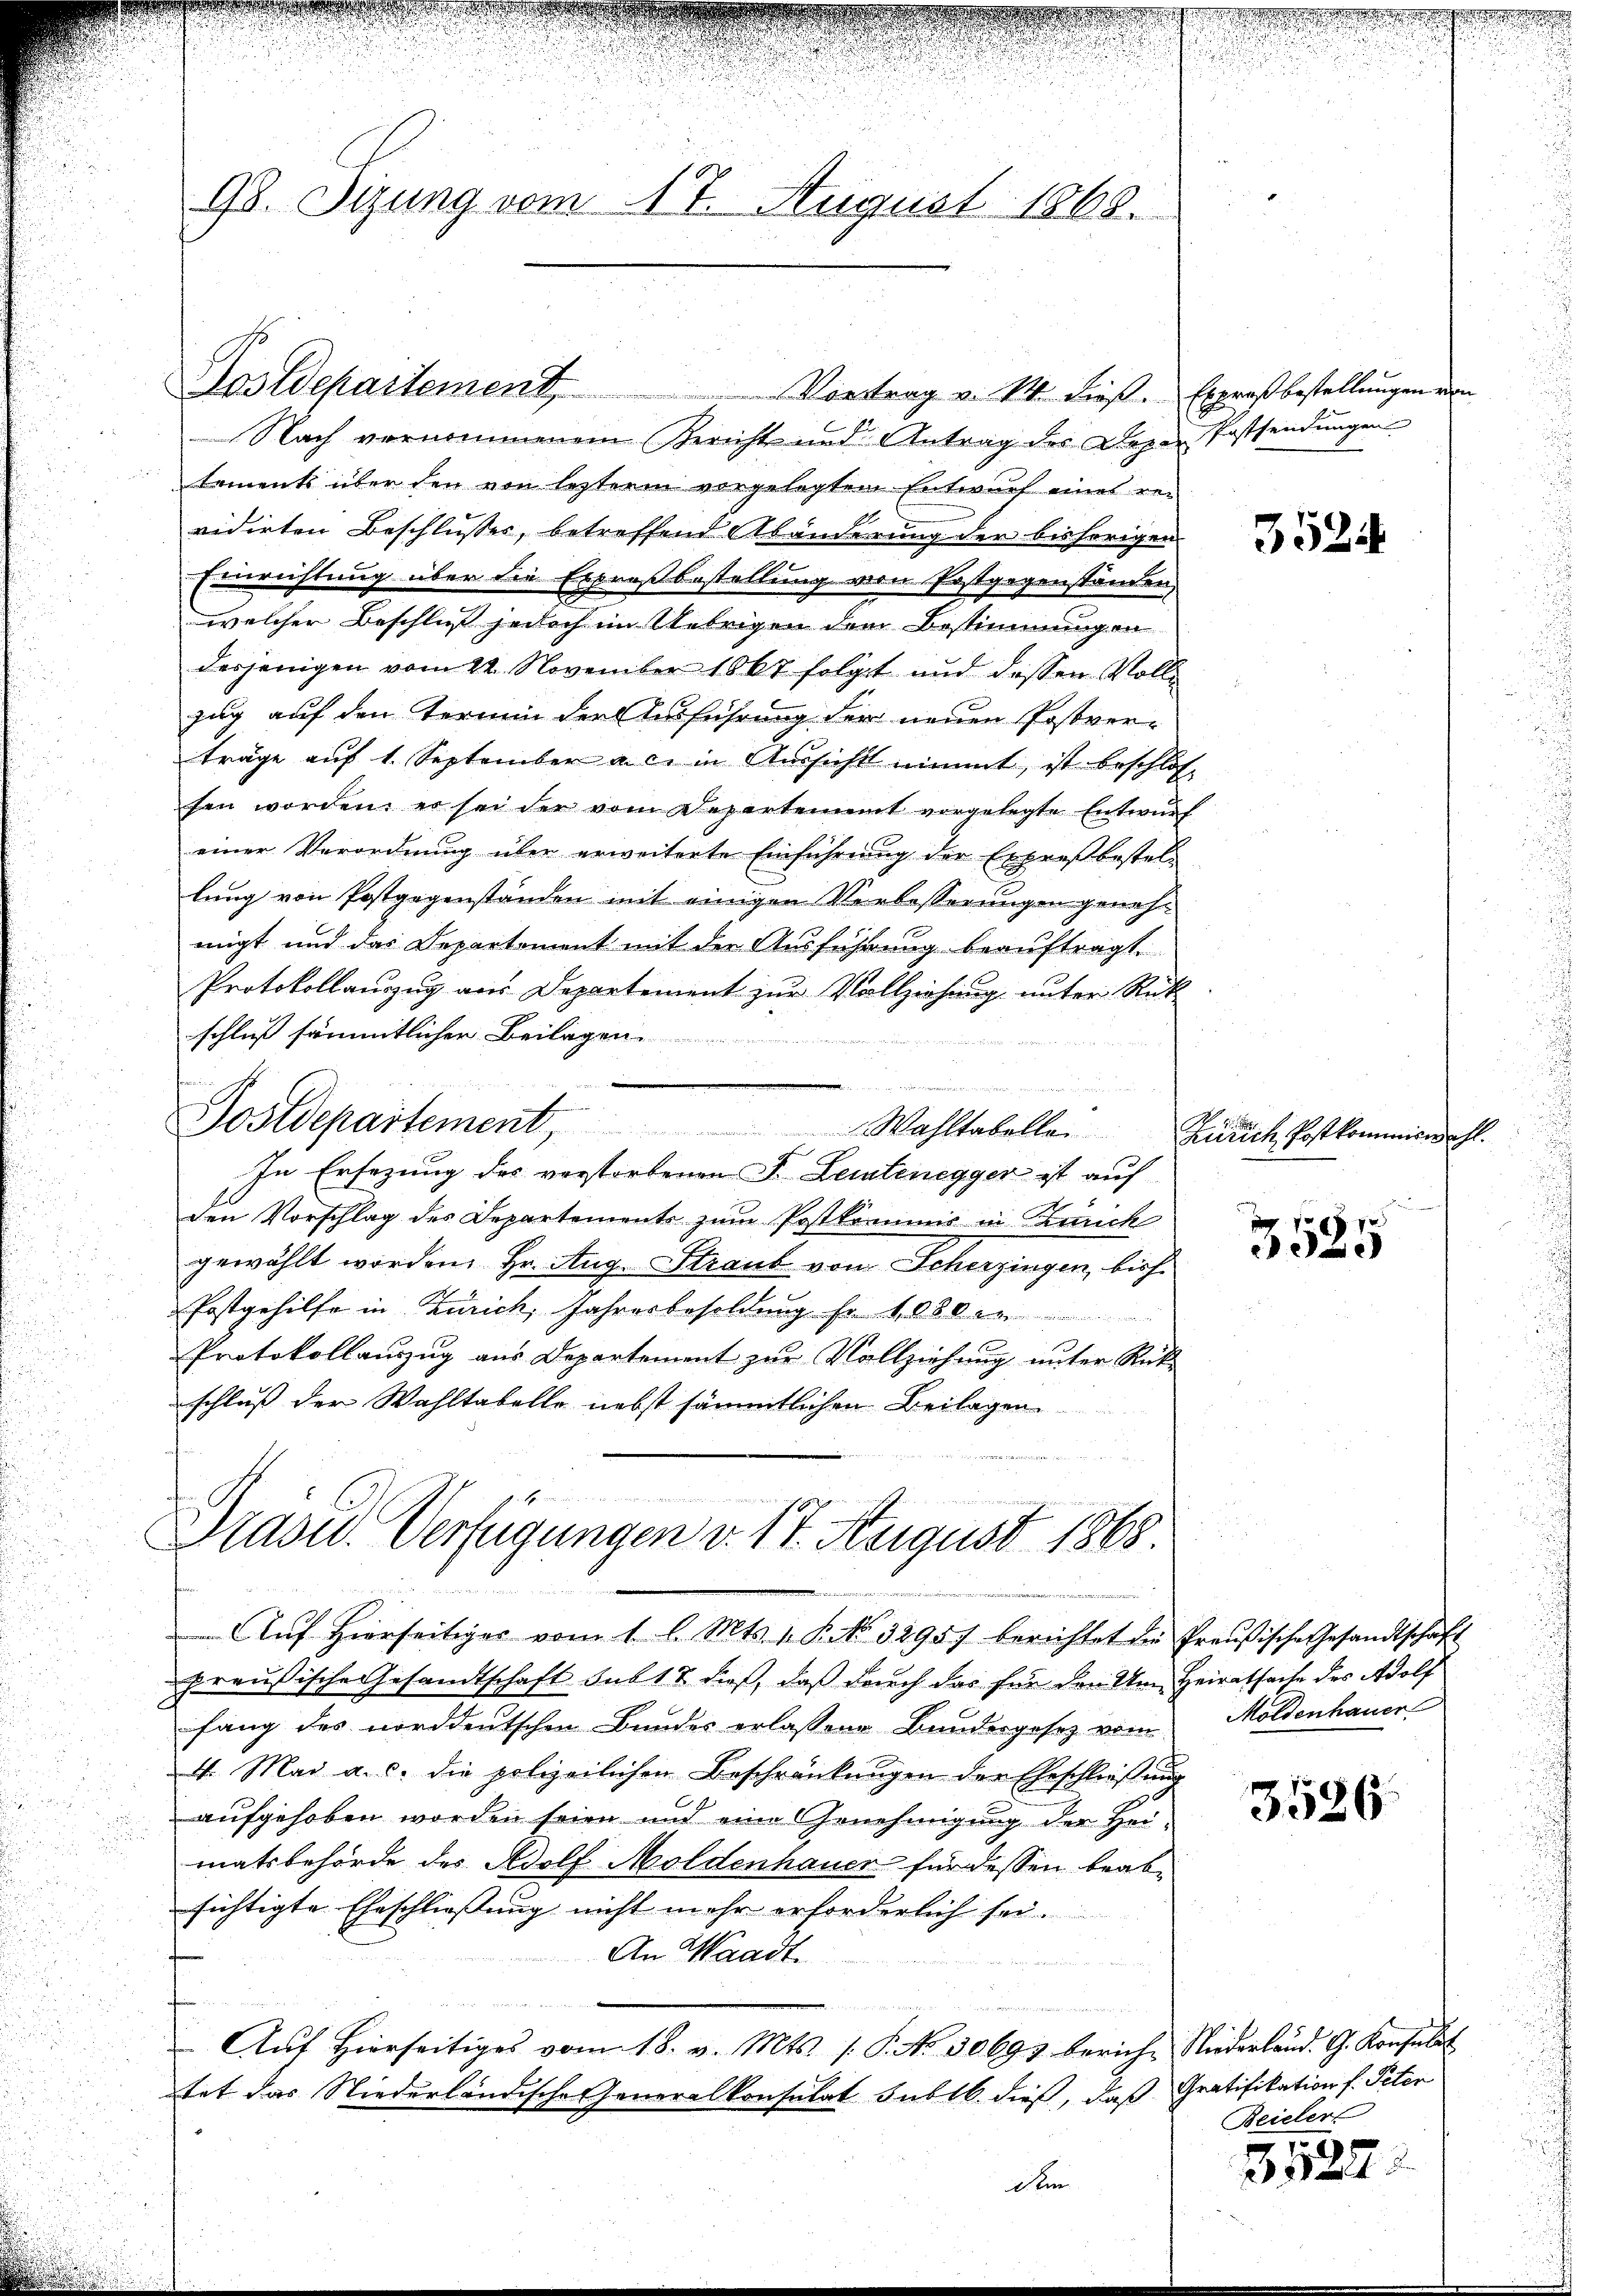
98. Sizung vom 17. August 1868.

Postdepartement,

Präsid. Verfügungen v. 17. August 1868.
Aŭf Hierseitiges vom 1. l. Mts. 1. K. No. 32957 berichtet die Preußische Gesandtschaft

Vortrag v. 14. dieß. Erspros bestellungen von

Nach vernommenem Gericht und Antrag des Deper Postsendungen
lement über den von lezterm vorgelegtem Entwurf eines re-
vidirten Beschlusser, betreffend Abänderung der bisherigen
Einrichtung über die Erbresbestellung von Postgegenständen
welcher Beschluß jedoch im Uebrigen dem Bestimmungen
desjenigen vom 22. November 1867 folgt und dessen Vollzug auf den Termin der Ausführung der neuen Postverträge auf 1. September a. c. in Aussicht nimmt, ist beschlos-
fen worden, er sei der vom Departement vorgelegte Entwŭrf
einer Verordnung über erweiterte Einführung der Erpresbestellung von Postgegenständen mit einigen Verbesserungen genehmigt und das Departement mit der Ausführung beauftragt.
Protokollanzug aus Departement zur Vollziehung unter Rück-
schluß sämmtlichen Beilagen.
Postdepartement. Wahltabellen
In Ersezung des verstorbenen S. Leutenegger ist auf
den Vorschlag des Departements zum Postkommis in Zürich
gewählt worden, Hr. Aug. Straub von Scherzingen, bish
Postgehilfe in Zürich, Jahresbesoldung fr. 1080
Protokollauszug aus Departement zur Vollziehung unter Rück-
schluß der Wahltabelle nebst sämmtlichen Beilagen
d

preußische Gesandtschaft sub 12 dieß, daß durch das für den Um Heiratsache des Adolf
fang des norddeutschen Bundes erlassene Bundesgesetz vom Möldenhauer
4. Mai a. c. die polizeilichen Beschränkungen der Eheschließung
aufgehoben worden seien und eine Genehmigung der Heimatsbehörde des Adolf Moldenhauer für dessen beabsichtigte Eheschließung nicht mehr erforderlich sei.
An Waadt.
Aŭf Hierseitiges vom 18. v. Mts. 1. P. No. 50697 berich. Niederland. G. Konsult
tat das Niederländische Generalkonsulat sublb. dieß, daß Gratifikation f. Peter
den

3524

Zürich Postkommiswahl.

118 f
3050

3526

Beieler

3522